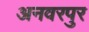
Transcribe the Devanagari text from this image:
अनवरपुर